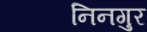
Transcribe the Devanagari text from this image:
निनगुर